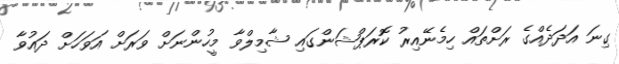
ގިނަ އަދަދެއްގެ ރަށްތައް ހިމެނޭއިރު ކޮރަޕްޝަންގައި ޝާމިލްވާ މީހުންނަށް ވަރަށް އަވަހަށް ދައުވާ